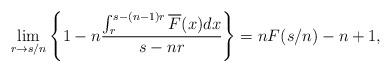
LaTeX: \begin{align*}\lim_{r\rightarrow{s/n}}\left\{ 1- n\frac{\int_{r}^{s-(n-1)r}\overline{F}(x)dx}{s-nr} \right\} = nF(s/n) - n +1,\end{align*}